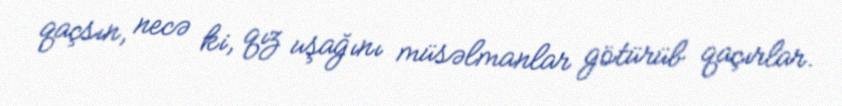
qaçsın, necə ki, qız uşağını müsəlmanlar götürüb qaçırlar.